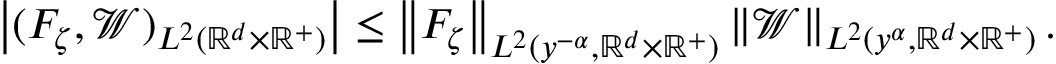
\begin{array} { r } { \left| ( F _ { \zeta } , \mathcal { W } ) _ { L ^ { 2 } ( \mathbb { R } ^ { d } \times \mathbb { R } ^ { + } ) } \right| \leq \left\| F _ { \zeta } \right\| _ { L ^ { 2 } ( y ^ { - \alpha } , \mathbb { R } ^ { d } \times \mathbb { R } ^ { + } ) } \left\| \mathcal { W } \right\| _ { L ^ { 2 } ( y ^ { \alpha } , \mathbb { R } ^ { d } \times \mathbb { R } ^ { + } ) } . } \end{array}